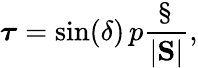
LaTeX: \boldsymbol{\tau}=\sin(\delta)\, p\frac{\S}{|\mathrm{\mathbf S}|},